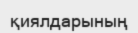
қиялдарының